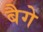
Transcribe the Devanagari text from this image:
बैगे